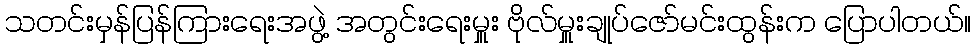
သတင်းမှန်ပြန်ကြားရေးအဖွဲ့ အတွင်းရေးမှူး ဗိုလ်မှူးချုပ်ဇော်မင်းထွန်းက ပြောပါတယ်။